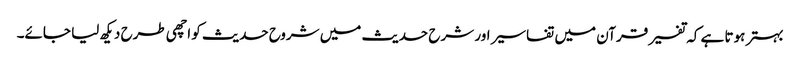
بہتر ہوتا ہے کہ تفسیر قرآن میں تفاسیر اور شرح حدیث میں شروح حدیث کو اچھی طرح دیکھ لیا جائے۔